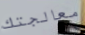
معالجتك